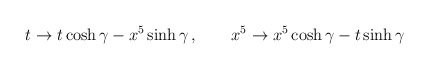
\begin{align*}t\rightarrow t\cosh\gamma-x^5\sinh\gamma\,,\qquad x^5\rightarrow x^5\cosh\gamma-t\sinh\gamma\end{align*}